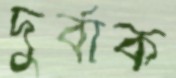
দুর্বাক